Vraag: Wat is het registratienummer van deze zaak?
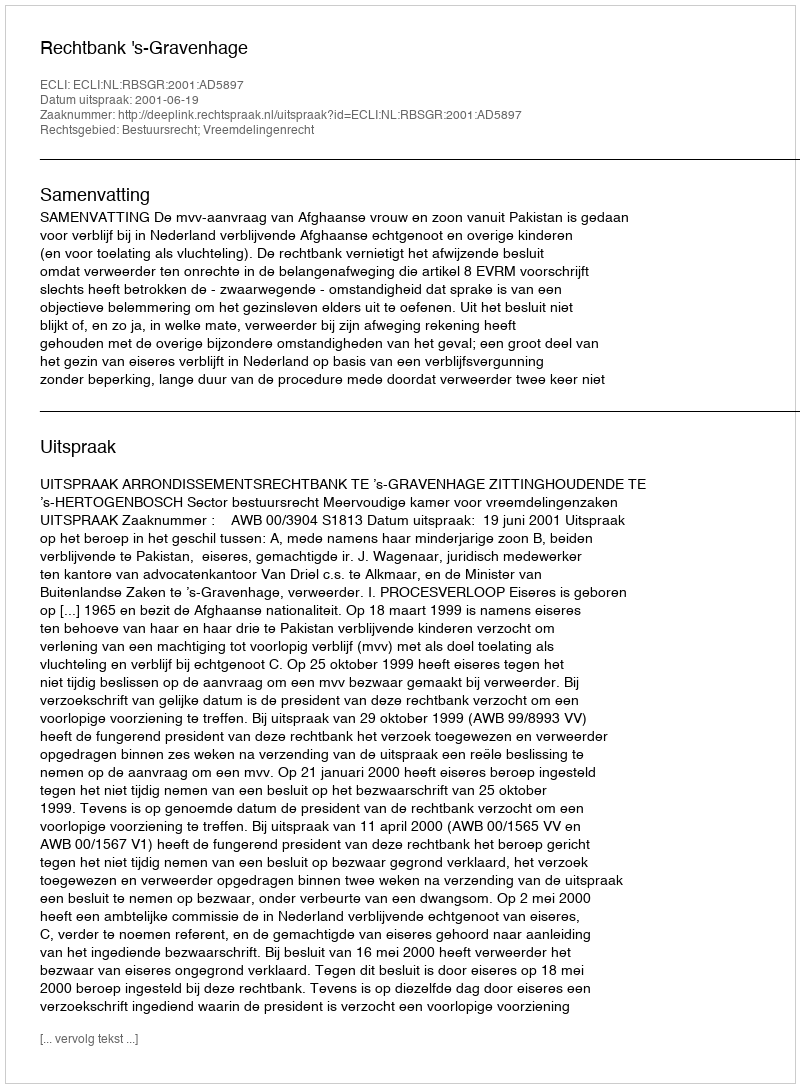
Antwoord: http://deeplink.rechtspraak.nl/uitspraak?id=ECLI:NL:RBSGR:2001:AD5897